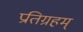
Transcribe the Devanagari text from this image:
प्रतिग्रहम्